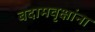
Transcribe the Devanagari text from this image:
बदामवृक्षांना